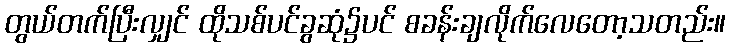
တွယ်တက်ပြီးလျှင် ထိုသစ်ပင်ခွဆုံ၌ပင် စခန်းချလိုက်လေတော့သတည်း။